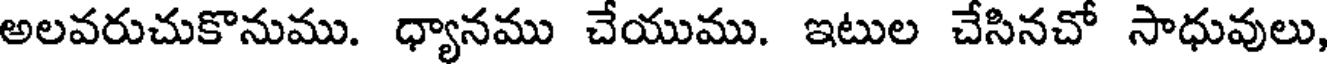
అలవరుచుకొనుము. ధ్యానము చేయుము. ఇటుల చేసినచో సాధువులు,